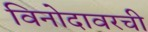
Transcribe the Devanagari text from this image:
विनोदावरची